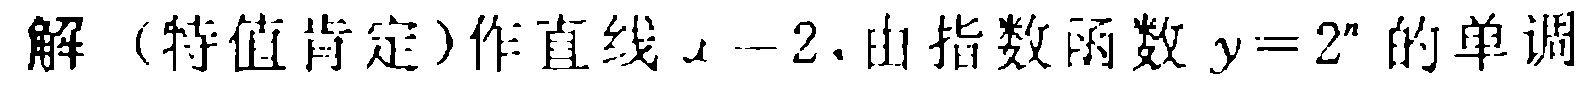
解（特值肯定）作直线\(x = 2\)，由指数函数\(y = 2^{x}\)的单调